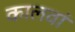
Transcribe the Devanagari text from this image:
कालवां